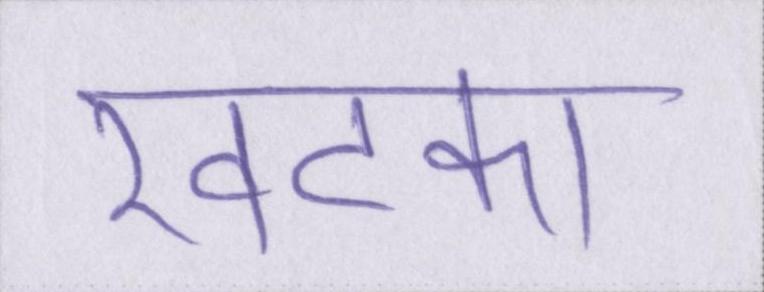
खटका